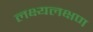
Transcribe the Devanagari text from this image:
लक्ष्यलक्षण